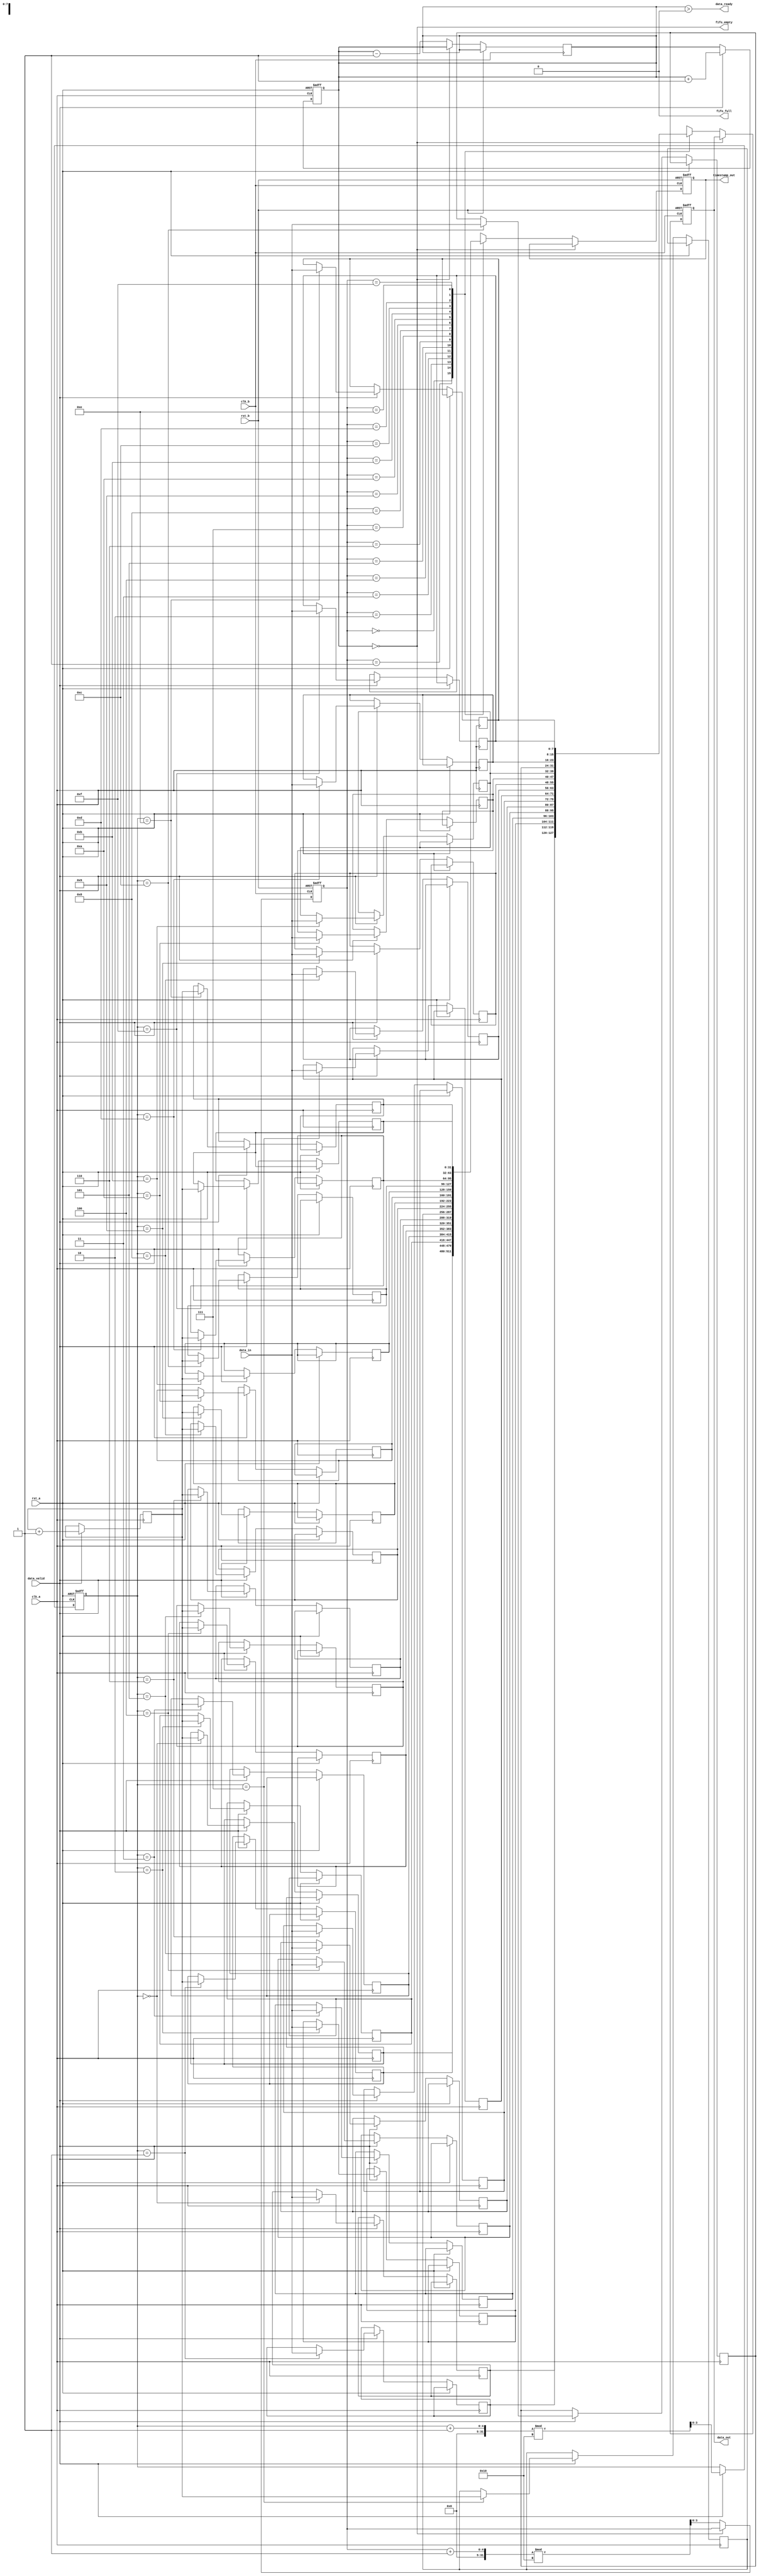
module TimeStampedSynchronizer #(
    parameter DATA_WIDTH = 8,
    parameter TIMESTAMP_WIDTH = 32,
    parameter FIFO_DEPTH = 16
)(
    input wire clk_a,                     // Clock domain A
    input wire clk_b,                     // Clock domain B
    input wire rst_a,                     // Reset for clock domain A
    input wire rst_b,                     // Reset for clock domain B
    input wire [DATA_WIDTH-1:0] data_in, // Data input from Clock_A
    input wire data_valid,                // Data valid signal
    output wire [DATA_WIDTH-1:0] data_out,// Data output to Clock_B
    output wire [TIMESTAMP_WIDTH-1:0] timestamp_out, // Timestamp output
    output wire data_ready,               // Data ready signal for Clock_B
    output wire fifo_full,                // FIFO full indicator
    output wire fifo_empty                // FIFO empty indicator
);

    // FIFO buffer implementation
    reg [DATA_WIDTH-1:0] fifo_data [0:FIFO_DEPTH-1];
    reg [TIMESTAMP_WIDTH-1:0] fifo_timestamp [0:FIFO_DEPTH-1];
    reg [3:0] write_ptr, read_ptr;
    reg [3:0] fifo_count;

    // Timestamp generation
    reg [TIMESTAMP_WIDTH-1:0] timestamp;

    // Write logic for Clock_A
    always @(posedge clk_a or posedge rst_a) begin
        if (rst_a) begin
            write_ptr <= 0;
            fifo_count <= 0;
        end else if (data_valid && !fifo_full) begin
            fifo_data[write_ptr] <= data_in;
            fifo_timestamp[write_ptr] <= timestamp; // Capture timestamp
            write_ptr <= (write_ptr + 1) % FIFO_DEPTH;
            fifo_count <= fifo_count + 1;
        end
    end

    // Timestamp update
    always @(posedge clk_a) begin
        if (data_valid) begin
            timestamp <= timestamp + 1; // Increment timestamp
        end
    end

    // Read logic for Clock_B
    reg [DATA_WIDTH-1:0] data_out_reg;
    reg [TIMESTAMP_WIDTH-1:0] timestamp_out_reg;
    always @(posedge clk_b or posedge rst_b) begin
        if (rst_b) begin
            read_ptr <= 0;
            data_out_reg <= 0;
            timestamp_out_reg <= 0;
        end else if (!fifo_empty) begin
            data_out_reg <= fifo_data[read_ptr];
            timestamp_out_reg <= fifo_timestamp[read_ptr];
            read_ptr <= (read_ptr + 1) % FIFO_DEPTH;
            fifo_count <= fifo_count - 1;
        end
    end

    // Output assignments
    assign data_out = data_out_reg;
    assign timestamp_out = timestamp_out_reg;
    assign data_ready = (fifo_count > 0);
    assign fifo_full = (fifo_count == FIFO_DEPTH);
    assign fifo_empty = (fifo_count == 0);

endmodule